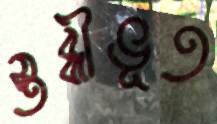
স্তব্ধীভূত